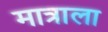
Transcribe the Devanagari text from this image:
मात्राला